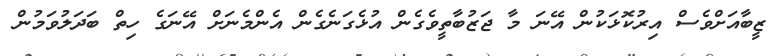
ޒީބާއަށްވެސް އިރުކޮޅަކުން އޭނަ މާ ޖަޒުބާތީވެގެން އުޅެގަނެގެން އެންމެނަށް އޭނަގެ ހިތް ބަދަލުވަމުން